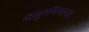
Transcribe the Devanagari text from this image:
अणुमणिभस्फट